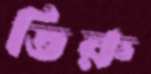
তিরু